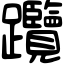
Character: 𨈇